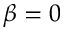
\beta = 0